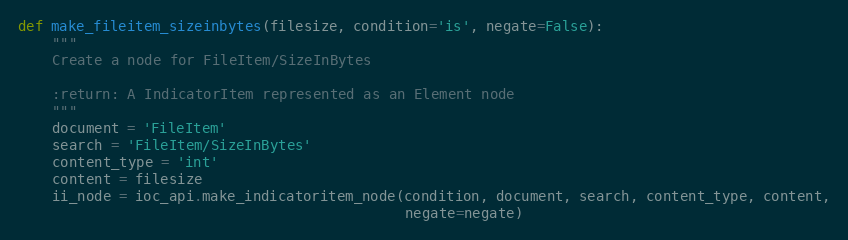
Language: Python
def make_fileitem_sizeinbytes(filesize, condition='is', negate=False):
    """
    Create a node for FileItem/SizeInBytes

    :return: A IndicatorItem represented as an Element node
    """
    document = 'FileItem'
    search = 'FileItem/SizeInBytes'
    content_type = 'int'
    content = filesize
    ii_node = ioc_api.make_indicatoritem_node(condition, document, search, content_type, content,
                                              negate=negate)